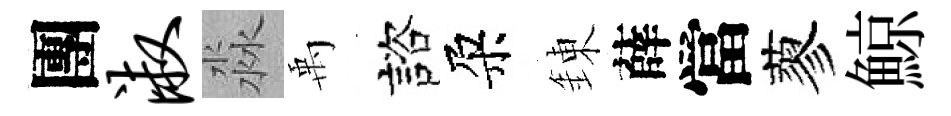
團淑淼禹諮朶錬薛當蓼鯨